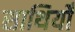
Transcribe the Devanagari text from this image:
साथियोँ